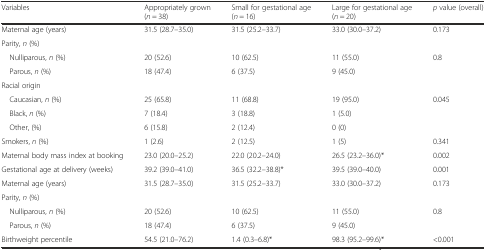
<table><thead><tr><td><b>Variables</b></td><td><b>Appropriately grown (<i>n</i> = 38)</b></td><td><b>Small for gestational age (<i>n</i> = 16)</b></td><td><b>Large for gestational age (<i>n</i> = 20)</b></td><td><b><i>p</i> value (overall)</b></td></tr></thead><tbody><tr><td>Maternal age (years)</td><td>31.5 (28.7–35.0)</td><td>31.5 (25.2–33.7)</td><td>33.0 (30.0–37.2)</td><td>0.173</td></tr><tr><td colspan="5">Parity, <i>n</i> (%)</td></tr><tr><td> Nulliparous, <i>n</i> (%)</td><td>20 (52.6)</td><td>10 (62.5)</td><td>11 (55.0)</td><td>0.8</td></tr><tr><td> Parous, <i>n</i> (%)</td><td>18 (47.4)</td><td>6 (37.5)</td><td>9 (45.0)</td><td></td></tr><tr><td colspan="5">Racial origin</td></tr><tr><td> Caucasian, <i>n</i> (%)</td><td>25 (65.8)</td><td>11 (68.8)</td><td>19 (95.0)</td><td>0.045</td></tr><tr><td> Black, <i>n</i> (%)</td><td>7 (18.4)</td><td>3 (18.8)</td><td>1 (5.0)</td><td></td></tr><tr><td> Other, (%)</td><td>6 (15.8)</td><td>2 (12.4)</td><td>0 (0)</td><td></td></tr><tr><td>Smokers, <i>n</i> (%)</td><td>1 (2.6)</td><td>2 (12.5)</td><td>1 (5)</td><td>0.341</td></tr><tr><td>Maternal body mass index at booking</td><td>23.0 (20.0–25.2)</td><td>22.0 (20.2–24.0)</td><td>26.5 (23.2–36.0)*</td><td>0.002</td></tr><tr><td>Gestational age at delivery (weeks)</td><td>39.2 (39.0–41.0)</td><td>36.5 (32.2–38.8)*</td><td>39.5 (39.0–40.0)</td><td>0.001</td></tr><tr><td>Maternal age (years)</td><td>31.5 (28.7–35.0)</td><td>31.5 (25.2–33.7)</td><td>33.0 (30.0–37.2)</td><td>0.173</td></tr><tr><td colspan="5">Parity, <i>n</i> (%)</td></tr><tr><td> Nulliparous, <i>n</i> (%)</td><td>20 (52.6)</td><td>10 (62.5)</td><td>11 (55.0)</td><td>0.8</td></tr><tr><td> Parous, <i>n</i> (%)</td><td>18 (47.4)</td><td>6 (37.5)</td><td>9 (45.0)</td><td></td></tr><tr><td>Birthweight percentile</td><td>54.5 (21.0–76.2)</td><td>1.4 (0.3–6.8)*</td><td>98.3 (95.2–99.6)*</td><td>&lt;0.001</td></tr></tbody></table>